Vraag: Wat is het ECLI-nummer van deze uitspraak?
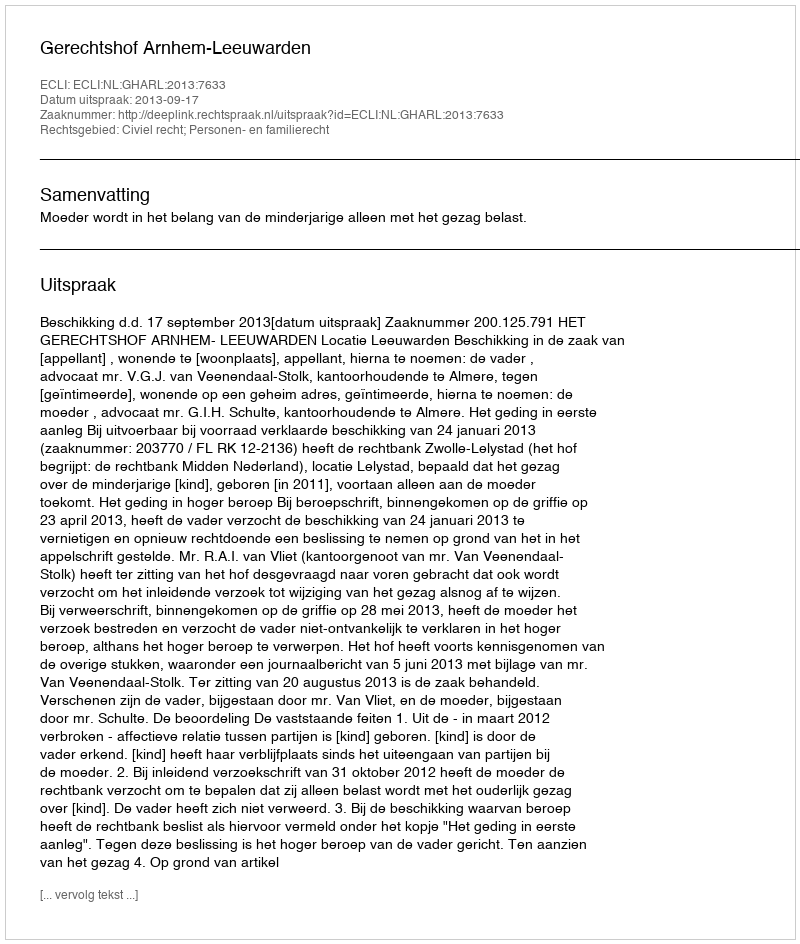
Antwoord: ECLI:NL:GHARL:2013:7633